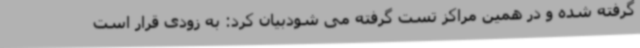
گرفته شده و در همین مراکز تست گرفته می شودبیان کرد: به زودی قرار است